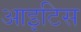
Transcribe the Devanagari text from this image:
आइटिस